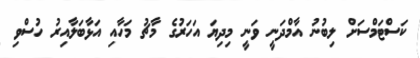
ކަސްޓަމްސަށް ލިބުނު އާމްދަނީ ވަނީ މިދިޔަ އަހަރުގެ މާޗު މަހާއި އަޅާބަލާއިރު ހުސްވި